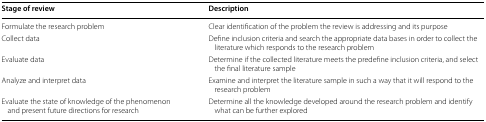
<table><thead><tr><td><b>Stage of review</b></td><td><b>Description</b></td></tr></thead><tbody><tr><td>Formulate the research problem</td><td>Clear identification of the problem the review is addressing and its purpose</td></tr><tr><td>Collect data</td><td>Define inclusion criteria and search the appropriate data bases in order to collect the literature which responds to the research problem</td></tr><tr><td>Evaluate data</td><td>Determine if the collected literature meets the predefine inclusion criteria, and select the final literature sample</td></tr><tr><td>Analyze and interpret data</td><td>Examine and interpret the literature sample in such a way that it will respond to the research problem</td></tr><tr><td>Evaluate the state of knowledge of the phenomenon and present future directions for research</td><td>Determine all the knowledge developed around the research problem and identify what can be further explored</td></tr></tbody></table>